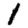
Digit: 1